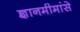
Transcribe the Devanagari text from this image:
ज्ञानमीमांसे